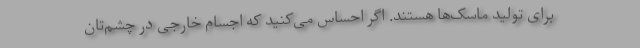
برای تولید ماسک‌ها هستند. اگر احساس می‌کنید که اجسام خارجی در چشم‌تان